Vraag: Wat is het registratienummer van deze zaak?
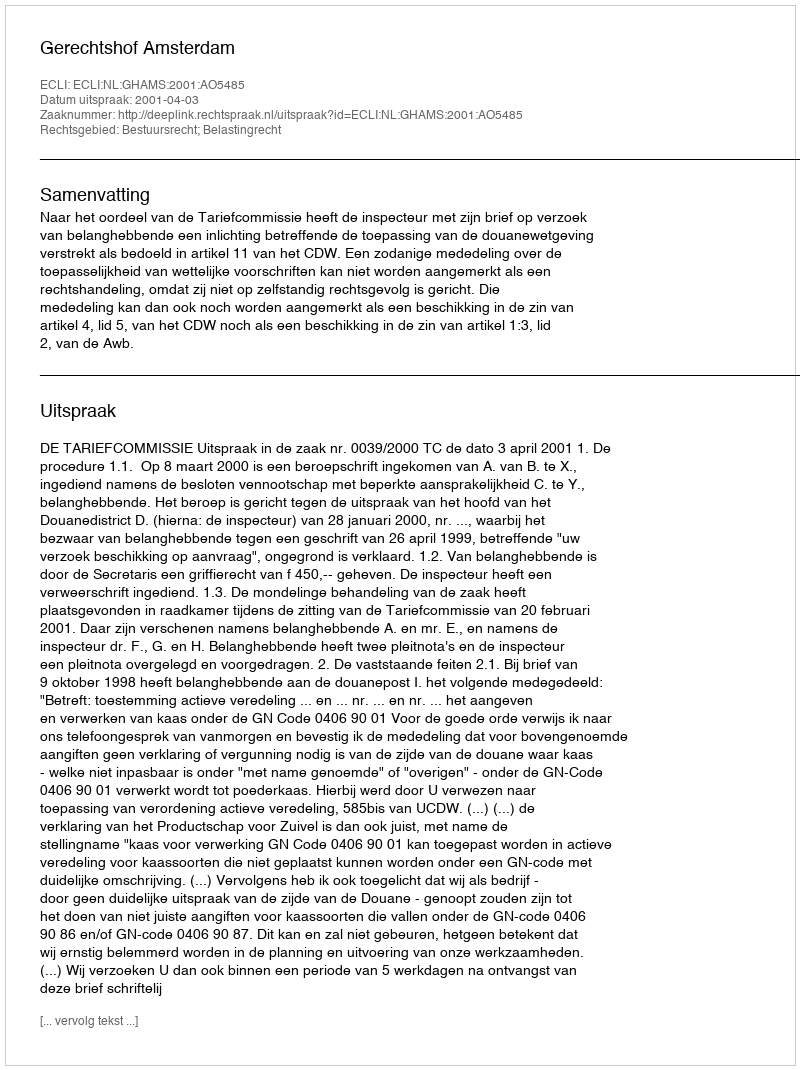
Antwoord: http://deeplink.rechtspraak.nl/uitspraak?id=ECLI:NL:GHAMS:2001:AO5485